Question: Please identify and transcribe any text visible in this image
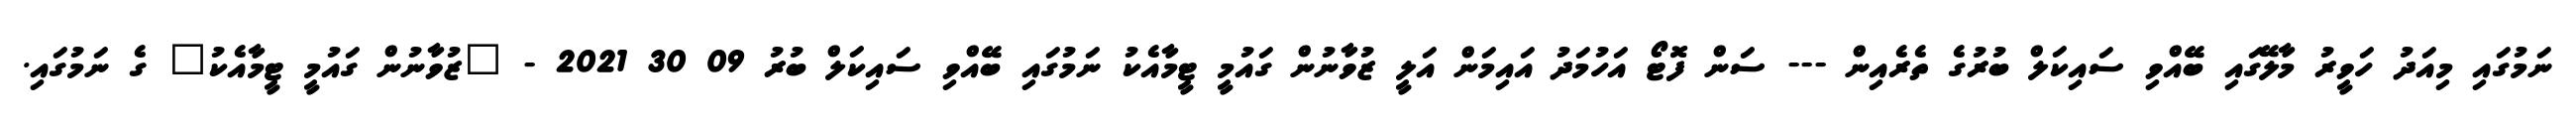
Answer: ނަމުގައި މިއަދު ހަވީރު މާލޭގައި ބޭއްވި ސައިކަލް ބުރުގެ ތެރެއިން --- ސަން ފޮޓޯ އަހުމަދު އައިމަން އަލީ ޒުވާނުން ގައުމީ ޓީމާއެކު ނަމުގައި ބޭއްވި ސައިކަލް ބުރު 09 30 2021 - "ޒުވާނުން ގައުމީ ޓީމާއެކު" ގެ ނަމުގައި.